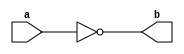
module NotGate(a,b) ;   // 1

output b ;
input a ;

nand(b,a,a) ;

endmodule 

module AndGate(a,b,c) ;  // 2 

output c ;
input a,b ;
wire x ;

nand(x,a,b);
nand(c,x,x) ;

endmodule 

module OrGate(a,b,c) ;  // 3 

output c ;
input a,b ;
wire x,y ;

nand(x,a,a) ;
nand(y,b,b) ;
nand(c,x,y) ;

endmodule

module DMux1x2(c,s,a,b) ;  // 13

output a,b ;
input s,c ;
wire s_,x1,y1,x2,y2,z ;

NotGate NG_1(s,s_) ;

AndGate AG_0(c,s_,x1) ;
AndGate AG_0_0(z,s,y1) ;
OrGate OG1(y1,x1,a) ;

AndGate AG_1(c,s,x2) ;
AndGate AG_1_0(z,s_,y2) ;
OrGate OG2(y2,x2,b) ;

endmodule 

module DMux1x4(o,s,i0,i1,i2,i3) ;			// 17

output i0,i1,i2,i3 ;
input o ;
input [1:0] s ; 
wire a,b ;

DMux1x2 D_0(o,s[1],a,b) ;
DMux1x2 D_1(a,s[0],i0,i1) ;
DMux1x2 D_2(b,s[0],i2,i3) ;

endmodule